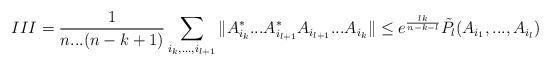
LaTeX: \begin{align*}III=\frac{1}{n...(n-k+1)}\sum\limits_{i_{k},...,i_{l+1}}\|A_{i_{k}}^{*}...A_{i_{l+1}}^*A_{i_{l+1}}...A_{i_{k}}\|\leq e^{\frac{lk}{n-k-l}} \tilde{P}_{l}(A_{i_{1}},...,A_{i_{l}}) \end{align*}